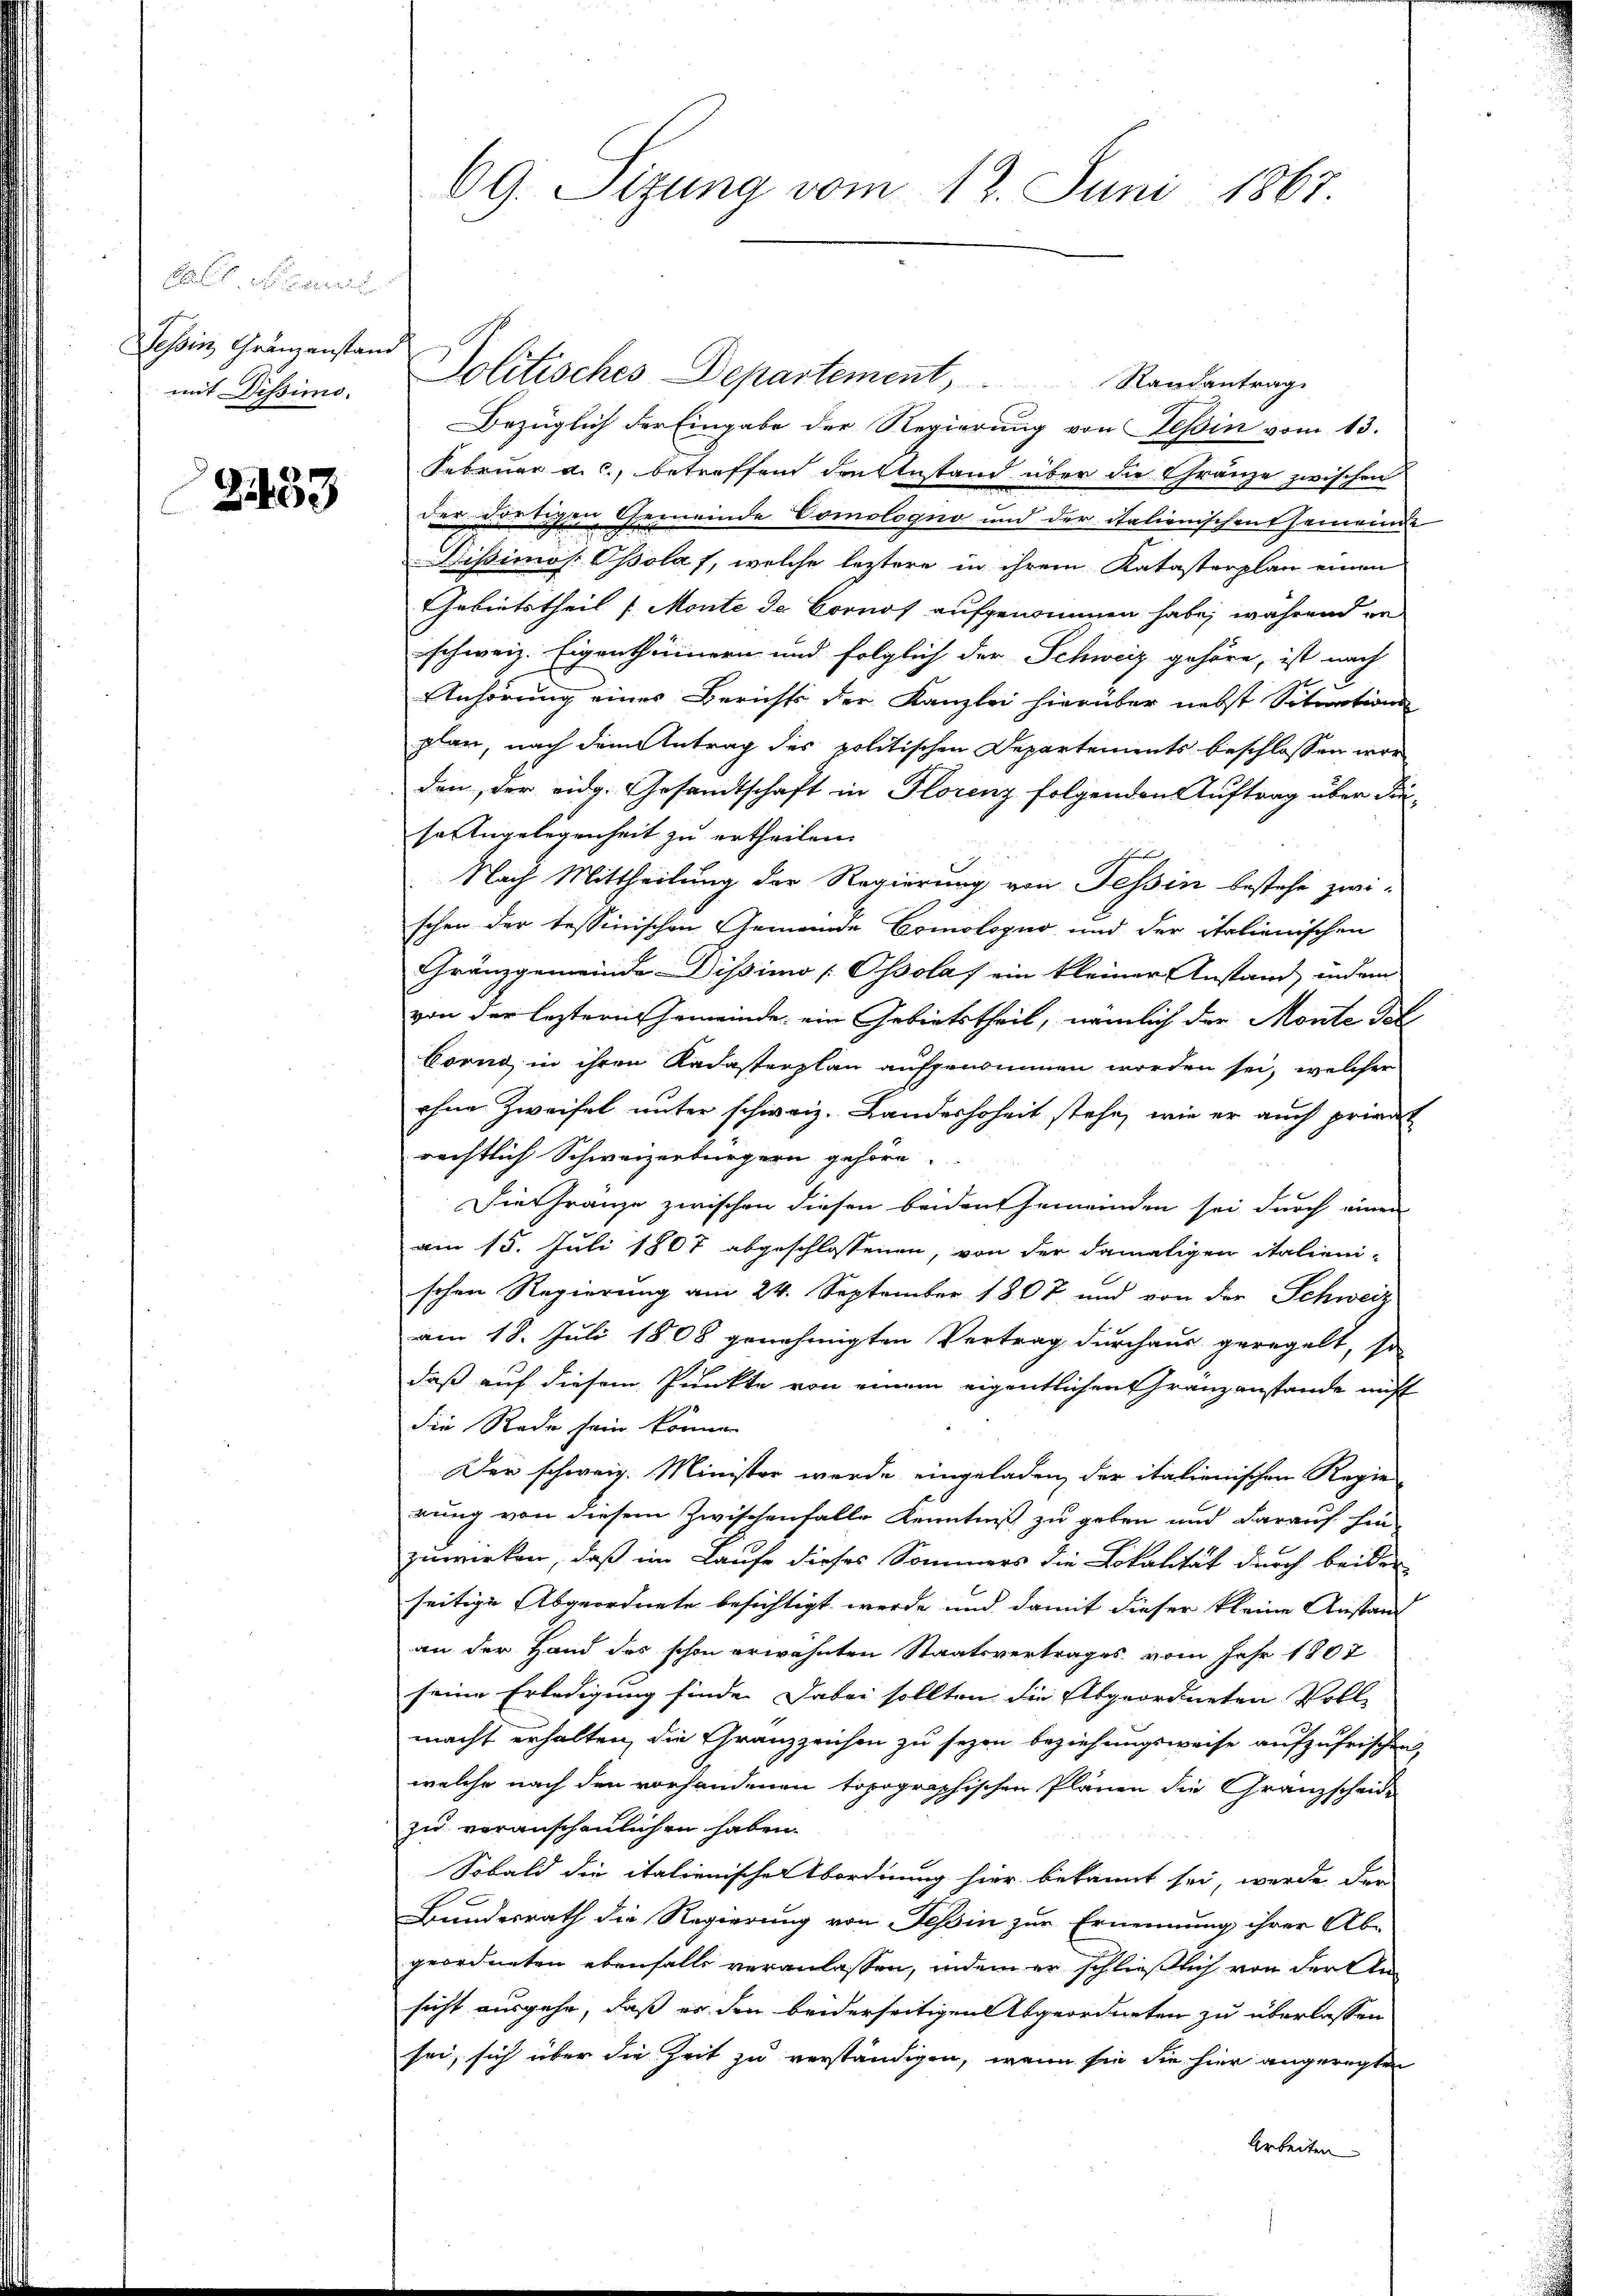
e
Tessin, Gränzanstand
mit Dissimo.

2433

Politisches Departement, Randantrage
Bezüglich der Eingabe der Regierung von Teßin vom 13.
Februar a. c., betreffend den Anstand über die Gränze zwischen
der dortigen Gemeinde Comologno und der italienischen Gemeinde
Dißimos: Opolaf, welche leztere in ihrem Katasterplan einen
Gebietstheil (Monte de Cornof aufgenommen habe, während er
schweiz. Eigenthümern und folglich der Schweiz gehöre, ist nach
Anhörung eines Berichts der Kanzlei hierüber nebst Situations
plan, nach dem Antrag des politischen Departements beschlossen worden, der eidg. Gesandtschaft in Florenz folgenden Auftrag über dieso Angelegenheit zu ertheilen.
Eherente
Nach Mittheilung der Regierung von Tessin bestehe zwi-
schen der tessinischen Gemeinde Comologus und der italienischen
Gränzgemeinde Dissimo [Ossolas ein kleiner Anstand, indem
von der leztern Gemeinde ein Gebietstheil, nämlich der Monte Tol
Corno in ihren Kadasterplan aufgenommen worden sei, welcher
ohne Zweifel unter schweiz. Landeshoheit stehe, wie er auch privat
rechtlich Schweizerbürgern gehöre.
Die Franze zwischen diesen beiden Gemeinden sei durch einen
am 15. Juli 1807 abgeschlossenen, von der damaligen italieni
schen Regierung am 24. September 1807 und von der Schweiz
am 18. Juli 1808 genehmigten Vertrag durchaus geregelt, so
daß auf diesem Punkte von einem eigentlichen Granzanstande nicht
die Rede sein können
Der schweiz. Minister wurde eingeladen, der italienischen Regie
rung von diesem Zwischenfalle Kenntniß zu geben und darauf hin-
zuwirken, daß im Laufe dieses Sommers die Lokalität durch beiden
seitige Abgeordnete besichtigt werde und damit dieser kleine Anstand
an der Hand des schon erwähnten Staatsvertrages vom Jahr 1807
seine Erledigung finde. Dabei sollten die Abgeordneten Voll-
macht erhalten, die Granzzeichen zu seyen beziehungsweise aufzufrischen,
welche nach den vorhandenen topographischen Plänen die Granzscheide
zu veranscheulichen haben.
Sobald die italienische bordnung hier bekannt sei, werde der
Bundesrath die Regierung von Tessin zur Ernennung ihrer Ab-
geordneten ebenfalls veranlassen, indem er schließlich von der Ansicht ausgehe, daß er den beiderseitigen Abgeordneten zu überlassen
sei, sich über die Zeit zu verständigen, wenn sie die hier angeregten
Arbeiten

69. Sitzung vom 12. Juni 1867.